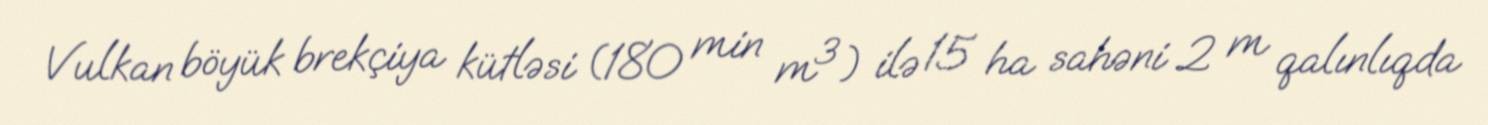
Vulkan böyük brekçiya kütləsi (180 min m³) ilə 15 ha sahəni 2 m qalınlıqda